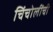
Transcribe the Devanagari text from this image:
चिंचोलींची